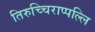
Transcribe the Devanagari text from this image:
तिरुच्चिराप्पल्लि